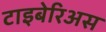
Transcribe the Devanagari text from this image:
टाइबेरिअस